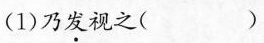
（1）乃发视之()